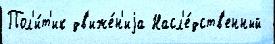
Пол'и́т'ик дв'иже́н'иjа Насл'е́дств'енный